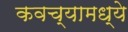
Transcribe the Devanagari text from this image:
कवच्यामध्ये